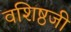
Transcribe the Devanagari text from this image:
वशिष्ठजी